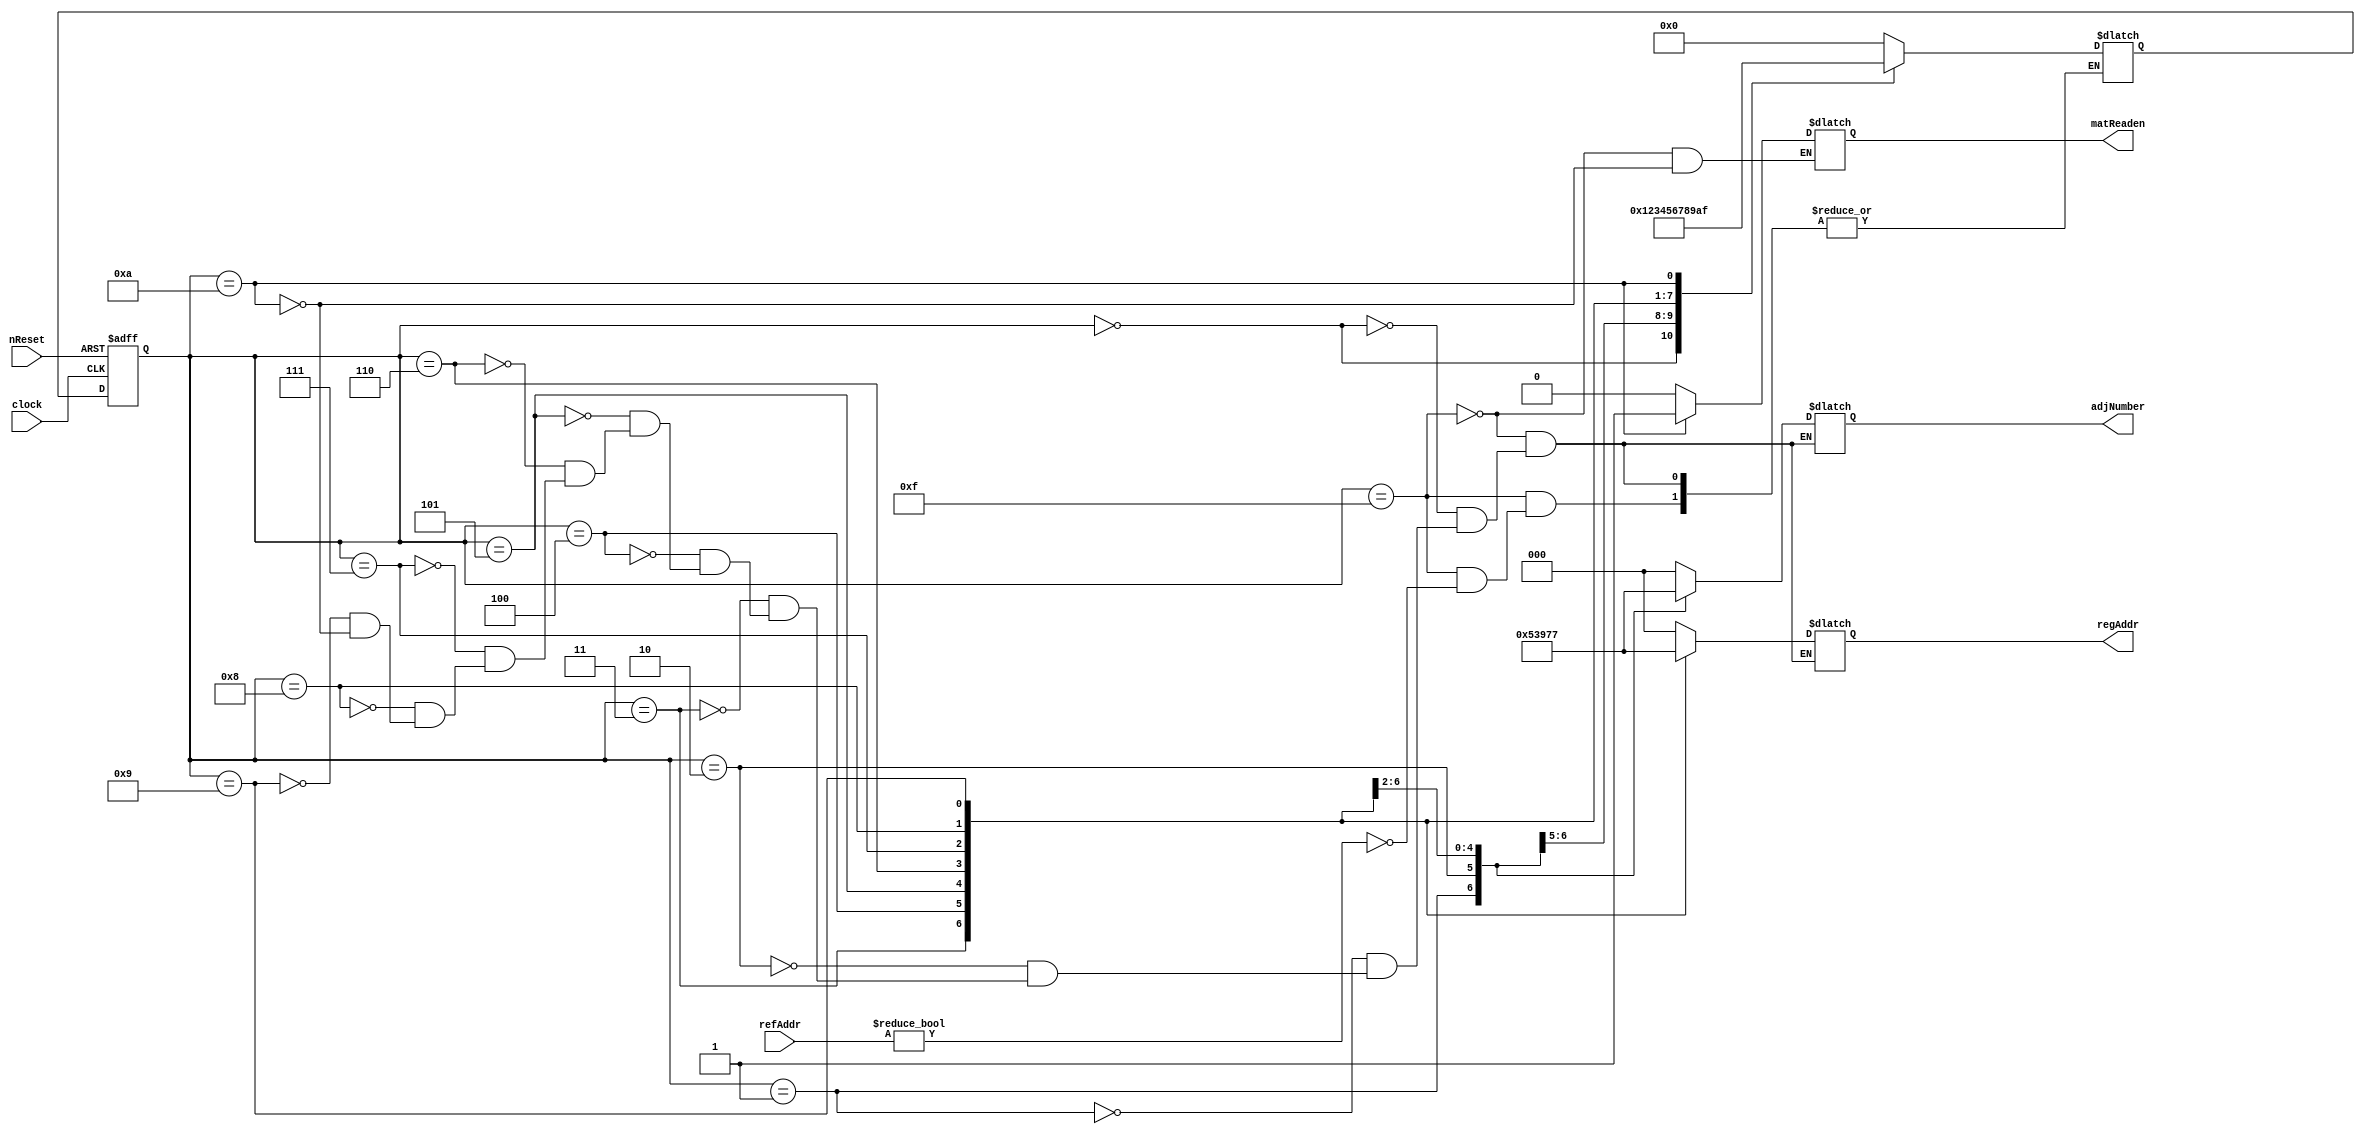
// This program was cloned from: https://github.com/ISKU/FAST9-Accelerator
// License: MIT License

`define INIT 4'd15
`define S0 4'd0
`define S1 4'd1
`define S2 4'd2
`define S3 4'd3
`define S4 4'd4
`define S5 4'd5
`define S6 4'd6
`define S7 4'd7
`define S8 4'd8
`define S9 4'd9
`define S10 4'd10

module Mat_Controller (clock, nReset, refAddr, adjNumber, regAddr, matReaden);
	input clock;
	input nReset;
	input [14:0] refAddr; // 
	output [2:0] adjNumber; //   
	output [2:0] regAddr; //  
	output matReaden;
	
	reg [2:0] adjNumber; // 8  Index
	reg [2:0] regAddr; //  
	reg matReaden; // Datapath     enable 
	
	reg [3:0] curState, nextState; //  
	
	// Clock      
	always @(posedge clock or negedge nReset) begin
		if (!nReset)
			curState <= `INIT;
		else
			curState <= nextState;
	end
	
	// FSM
	always @(curState or refAddr) begin
		casex (curState)
			`INIT: begin
				if (refAddr)
					nextState = `S0;
					
				adjNumber = 3'bx;
				regAddr = 3'bx;
				matReaden = 1'b0;
			end
		
			`S0: begin
				nextState = `S1;
				adjNumber = 3'd0;
				regAddr = 3'bx;
			end
			
			`S1: begin
				nextState = `S2;
				adjNumber = 3'd1;
				regAddr = 3'bx;
			end
			
			`S2: begin
				nextState = `S3;
				adjNumber = 3'd2;
				regAddr = 3'd0;
			end
			
			`S3: begin
				nextState = `S4;
				adjNumber = 3'd3;
				regAddr = 3'd1;
			end
			
			`S4: begin
				nextState = `S5;
				adjNumber = 3'd4;				
				regAddr = 3'd2;
			end
			
			`S5: begin
				nextState = `S6;
				adjNumber = 3'd5;
				regAddr = 3'd3;
			end
			
			`S6: begin
				nextState = `S7;
				adjNumber = 3'd6;
				regAddr = 3'd4;
			end
			
			`S7: begin
				nextState = `S8;
				adjNumber = 3'd7;
				regAddr = 3'd5;
			end
			
			`S8: begin
				nextState = `S9;
				adjNumber = 3'dx;
				regAddr = 3'd6;
			end
			
			`S9: begin
				nextState = `S10;
				adjNumber = 3'dx;
				regAddr = 3'd7;
			end
			
			`S10: begin
				nextState = `INIT;
				adjNumber = 3'bx;
				regAddr = 3'bx;
				matReaden = 1'b1;
			end
		endcase
	end
endmodule